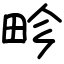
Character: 畛